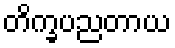
တိက္ခပညတာယ